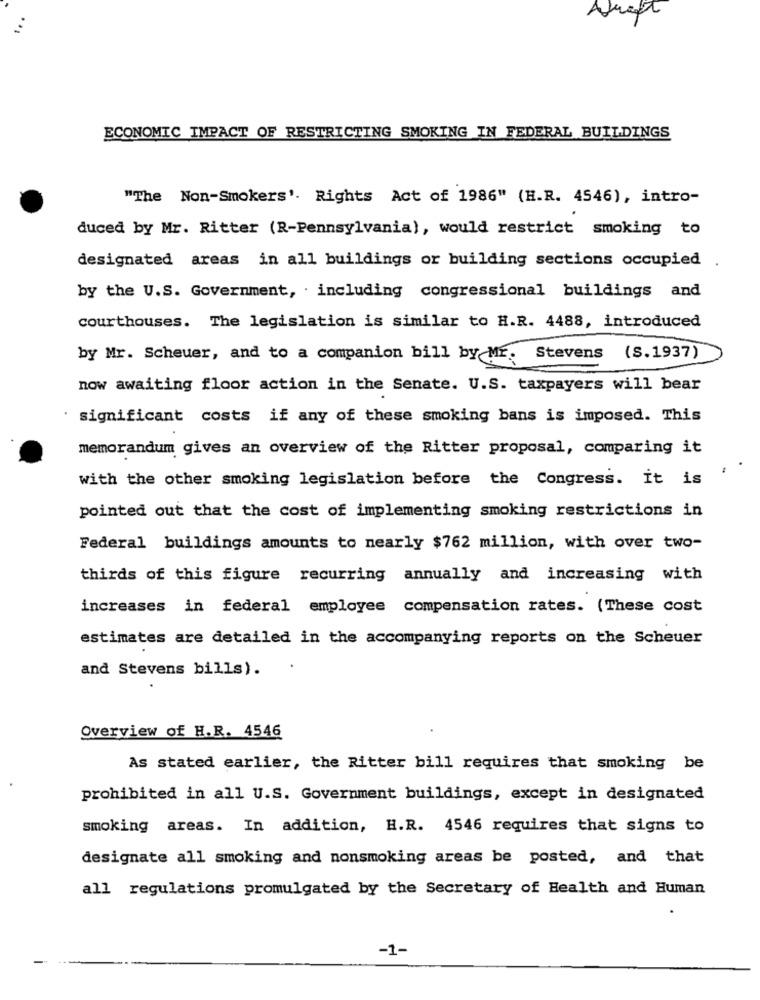
ECONOMIC IMPACT OF RESTRICTING SMOKING IN FEDERAL BUILDINGS
"The Non-Smokers'. Rights Act of 1986" (H.R. 4546), intro-
duced by Mr. Ritter (R-Pennsylvania), would restrict smoking to
designated areas in all buildings or building sections occupied .
by the U.S. Government, . including congressional buildings and
courthouses. The legislation is similar to H.R. 4488, introduced
by Mr. Scheuer, and to a companion bill by Mr. Stevens
(S.1937)
now awaiting floor action in the Senate. U.S. taxpayers will bear
significant costs if any of these smoking bans is imposed. This
memorandum gives an overview of the Ritter proposal, comparing it
with the other smoking legislation before the Congress. it is
pointed out that the cost of implementing smoking restrictions in
Federal buildings amounts to nearly $762 million, with over two-
thirds of this figure recurring annually and increasing with
increases in federal employee compensation rates. (These cost
estimates are detailed in the accompanying reports on the Scheuer
and Stevens bills).
Overview of H.R. 4546
As stated earlier, the Ritter bill requires that smoking be
prohibited in all U.S. Government buildings, except in designated
smoking areas. In addition, H.R. 4546 requires that signs to
designate all smoking and nonsmoking areas be posted, and that
all regulations promulgated by the Secretary of Health and Human
-1-